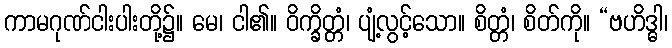
ကာမဂုဏ်ငါးပါးတို့၌။ မေ၊ ငါ၏။ ဝိက္ခိတ္တံ၊ ပျံ့လွင့်သော။ စိတ္တံ၊ စိတ်ကို။ “ဗဟိဒ္ဓါ၊